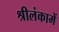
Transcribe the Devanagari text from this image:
श्रीलंकामें